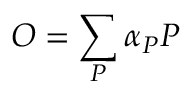
O = \sum _ { P } \alpha _ { P } P